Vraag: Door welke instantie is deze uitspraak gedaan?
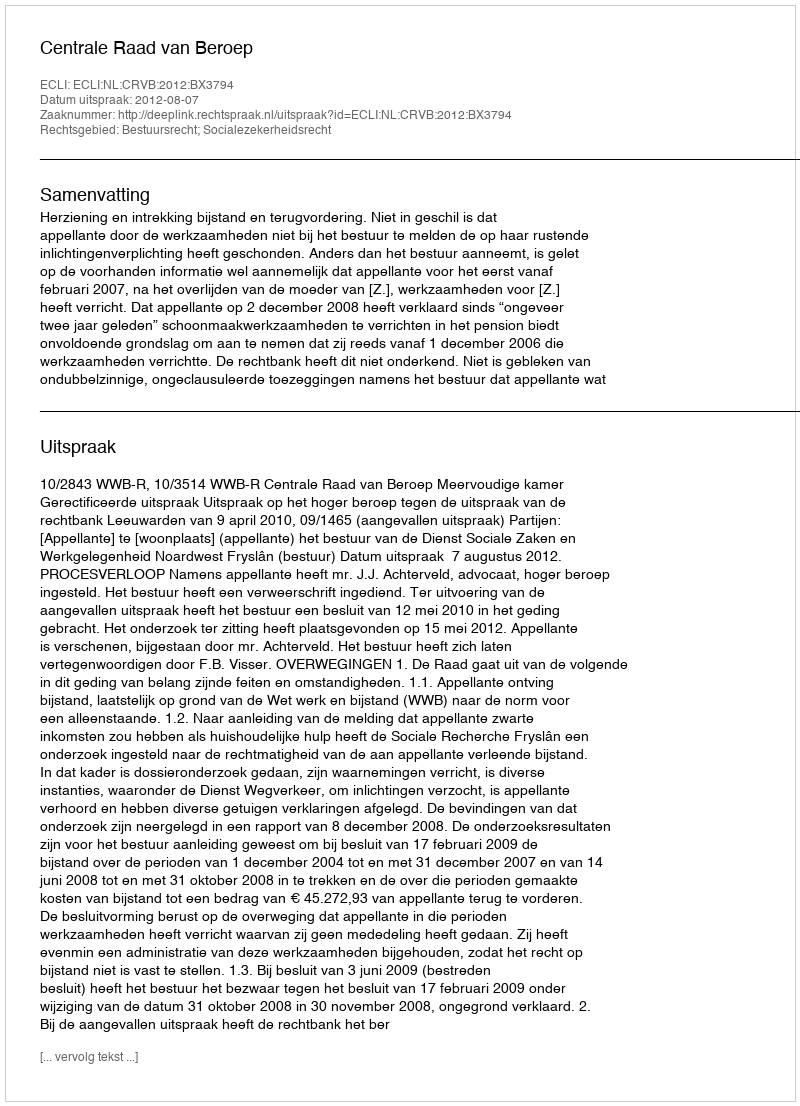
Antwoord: Centrale Raad van Beroep